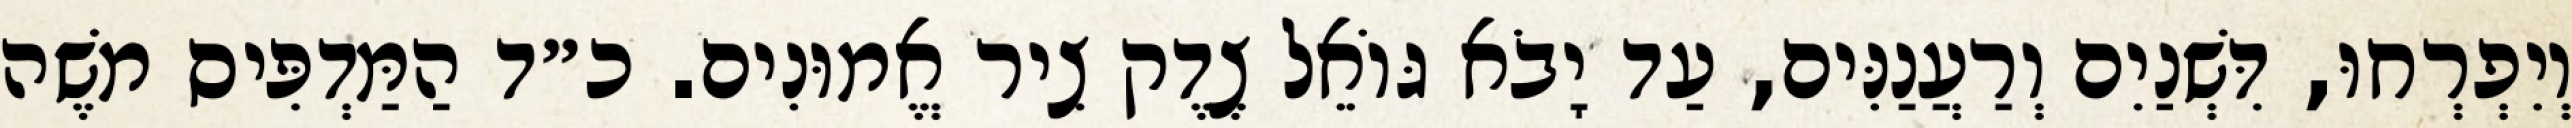
וְיִפְרְחוּ, דִּשְׁנַיִם וְרַעֲנַנִּים, עַד יָבֹא גּוֹאֵל צֶדֶק צִיר אֱמוּנִים. כ״ד הַמַּדְפִּיס מֹשֶׁה